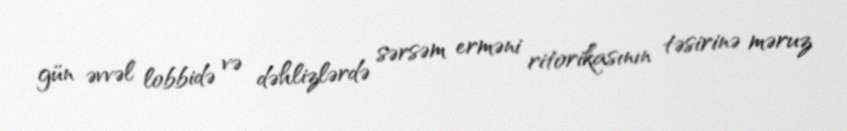
gün əvvəl lobbidə və dəhlizlərdə sərsəm erməni ritorikasının təsirinə məruz